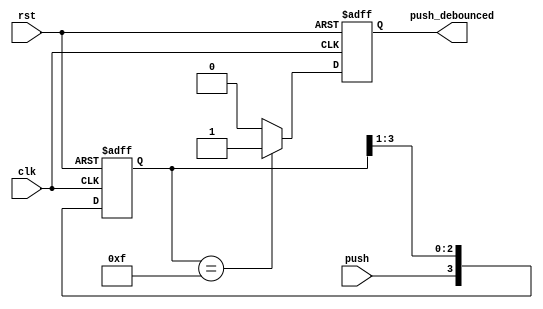
module debounce (rst, clk, push, push_debounced);
input rst;
input clk;
input push;
output push_debounced;

// declare the outputs
reg push_debounced;

// declare the shifting registers
reg[3:0] push_window;

always @(posedge clk or posedge rst) 
begin
    if (rst) begin
    push_window <= 4'b0;
    push_debounced <= 1'b0;
    end 

    else begin
    push_window<={push, push_window[3:1]};
    
    if (push_window[3:0] == 4'b1111) begin
    push_debounced <= 1'b1; 
    end 

    else begin
    push_debounced <= 1'b0; 
    end 

end
end 
endmodule